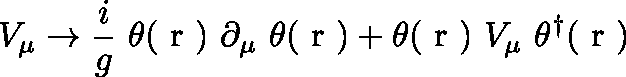
V _ { \mu } \rightarrow \frac { i } { g } ~ \theta ( \mathrm { \boldmath ~ r ~ } ) ~ \partial _ { \mu } ~ \theta ( \mathrm { \boldmath ~ r ~ } ) + \theta ( \mathrm { \boldmath ~ r ~ } ) ~ V _ { \mu } ~ \theta ^ { \dag } ( \mathrm { \boldmath ~ r ~ } )